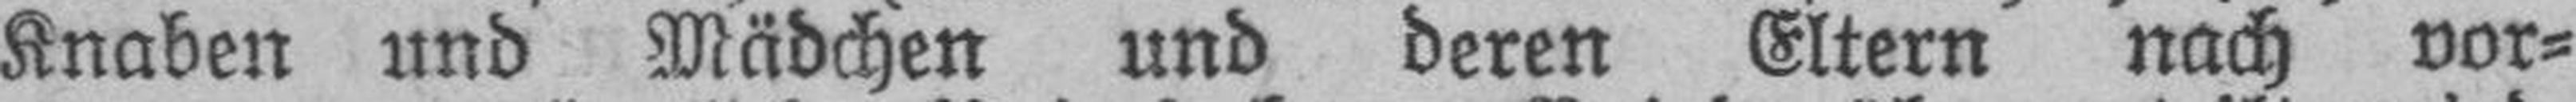
Knaben und Mädchen und deren Eltern nach vor¬